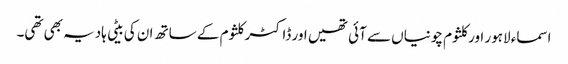
اسماء لاہور اور کلثوم چونیاں سے آئی تھیں اور ڈاکٹر کلثوم کے ساتھ ان کی بیٹی ہادیہ بھی تھی۔